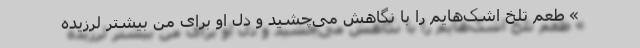
» طعم تلخ اشک‌هایم را با نگاهش می‌چشید و دل او برای من بیشتر لرزیده